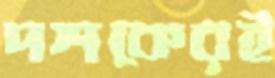
দশকেরই